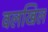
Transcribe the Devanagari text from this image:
वलखिल